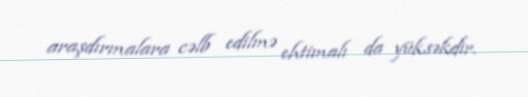
araşdırmalara cəlb edilmə ehtimalı da yüksəkdir.